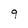
Character: 9